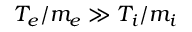
{ T _ { e } / m _ { e } \gg T _ { i } / m _ { i } }